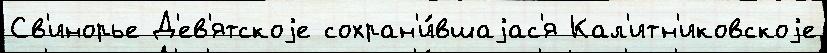
Св'инорье Д'ев'ятскоjе сохран'и́вшаjас'я Кал'итн'иковскоjе